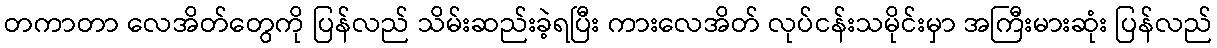
တကာတာ လေအိတ်တွေကို ပြန်လည် သိမ်းဆည်းခဲ့ရပြီး ကားလေအိတ် လုပ်ငန်းသမိုင်းမှာ အကြီးမားဆုံး ပြန်လည်